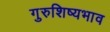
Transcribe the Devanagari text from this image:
गुरुशिष्यभाव